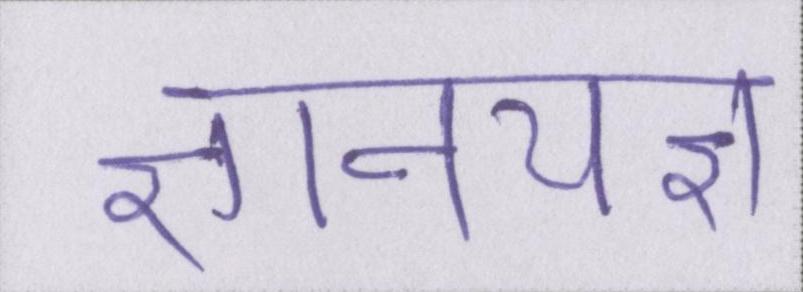
ज्ञानयज्ञ